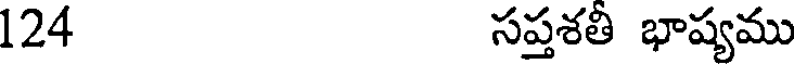
124 సప్తశతీ భాష్యము